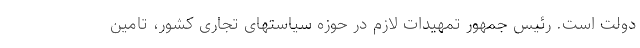
دولت است. رئیس جمهور تمهیدات لازم در حوزه سیاستهای تجاری کشور، تامین